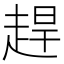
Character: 趕